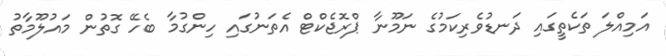
އަމިއްލަ ތަކެތީގައި ދަނޑުވެރިކަމުގެ ނަމޫނާ ޕްރޮޖެކްޓް އެތަނުގައި ހިންގުމާ ބެހޭ ގޮތުން މައުލޫމާތު